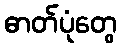
ဓာတ်ပုံတွေ